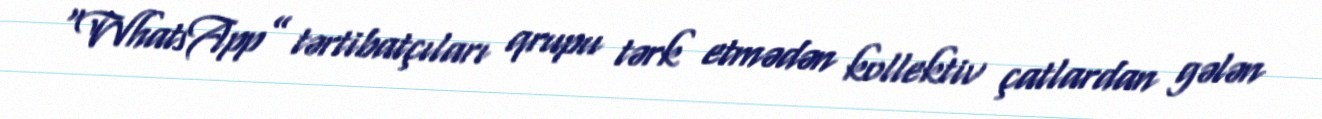
“WhatsApp” tərtibatçıları qrupu tərk etmədən kollektiv çatlardan gələn